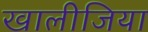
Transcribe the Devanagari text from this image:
खालीजिया